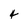
Character: 4